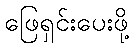
ဖြေရှင်းပေးဖို့